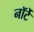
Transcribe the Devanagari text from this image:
नॉर्टे